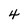
Character: 4